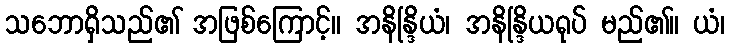
သဘောရှိသည်၏ အဖြစ်ကြောင့်။ အနိန္ဒြိယံ၊ အနိန္ဒြိယရုပ် မည်၏။ ယံ၊